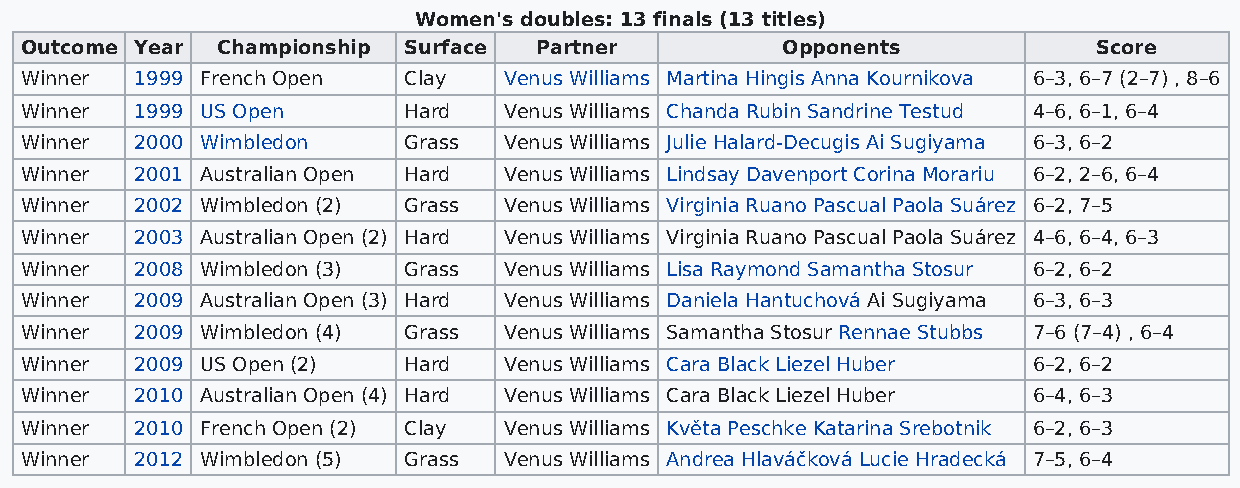
Women's doubles: 13 finals (13 titles)
 Outcome Year Championship Surface Partner          Opponents            Score
 Winner  1999 French Open  Clay  Venus Williams Martina Hingis Anna Kournikova 6–3, 6–7 (2–7) , 8–6
 Winner  1999 US Open      Hard  Venus Williams Chanda Rubin Sandrine Testud 4–6, 6–1, 6–4
 Winner  2000 Wimbledon    Grass Venus Williams Julie Halard-Decugis Ai Sugiyama 6–3, 6–2
 Winner  2001 Australian Open Hard Venus Williams Lindsay Davenport Corina Morariu 6–2, 2–6, 6–4
 Winner  2002 Wimbledon (2) Grass Venus Williams Virginia Ruano Pascual Paola Suárez 6–2, 7–5
 Winner  2003 Australian Open (2) Hard Venus Williams Virginia Ruano Pascual Paola Suárez 4–6, 6–4, 6–3
 Winner  2008 Wimbledon (3) Grass Venus Williams Lisa Raymond Samantha Stosur 6–2, 6–2
 Winner  2009 Australian Open (3) Hard Venus Williams Daniela Hantuchová Ai Sugiyama 6–3, 6–3
 Winner  2009 Wimbledon (4) Grass Venus Williams Samantha Stosur Rennae Stubbs 7–6 (7–4) , 6–4
 Winner  2009 US Open (2)  Hard  Venus Williams Cara Black Liezel Huber 6–2, 6–2
 Winner  2010 Australian Open (4) Hard Venus Williams Cara Black Liezel Huber 6–4, 6–3
 Winner  2010 French Open (2) Clay Venus Williams Květa Peschke Katarina Srebotnik 6–2, 6–3
 Winner  2012 Wimbledon (5) Grass Venus Williams Andrea Hlaváčková Lucie Hradecká 7–5, 6–4